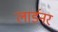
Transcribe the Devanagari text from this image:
लार्डनर